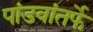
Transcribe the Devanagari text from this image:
पांडवांतर्फे